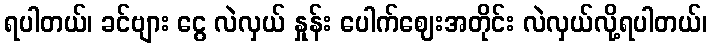
ရပါတယ်၊ ခင်ဗျား ငွေ လဲလှယ် နှုန်း ပေါက်ဈေးအတိုင်း လဲလှယ်လို့ရပါတယ်၊